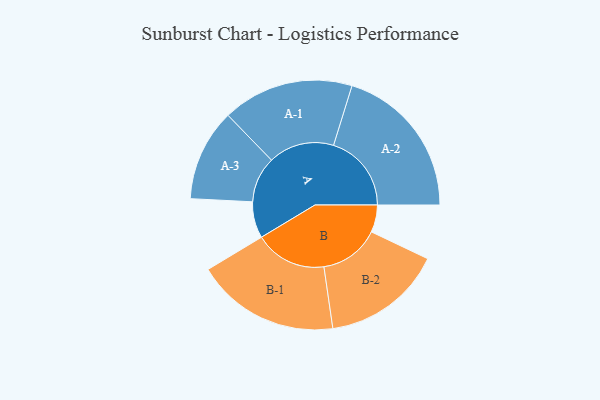
{"axis": {"x": "Segment", "y": "Value"}, "legend": ["", "A", "B"], "data": [{"x": "A", "y": 140, "type": ""}, {"x": "B", "y": 105, "type": ""}, {"x": "A-1", "y": 253, "type": "A"}, {"x": "A-2", "y": 300, "type": "A"}, {"x": "A-3", "y": 177, "type": "A"}, {"x": "B-1", "y": 277, "type": "B"}, {"x": "B-2", "y": 232, "type": "B"}]}